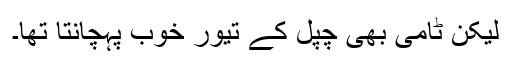
لیکن ٹامی بھی چپل کے تیور خوب پہچانتا تھا۔